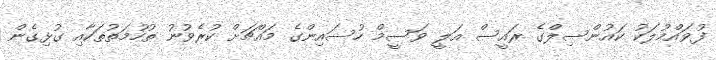
ފުވައްމުލަކު ކައުންސިލްގެ ރައީސް އަލީ ވަސީމް ހުސައިންގެ މައްޗަށް ކުރެވުނު ތުހުމަތުތަކާއި ގުޅިގެން